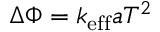
\begin{array} { r } { \Delta \Phi = k _ { \mathrm { e f f } } a T ^ { 2 } } \end{array}